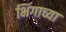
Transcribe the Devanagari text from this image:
भिंगाच्या